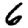
Digit: 6